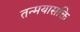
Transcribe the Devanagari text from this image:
तन्मयासक्ति